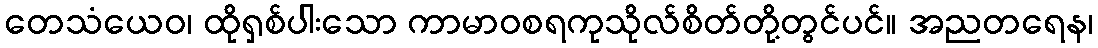
တေသံယေဝ၊ ထိုရှစ်ပါးသော ကာမာဝစရကုသိုလ်စိတ်တို့တွင်ပင်။ အညတရေန၊